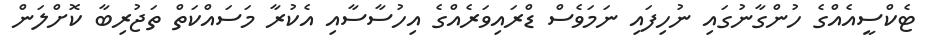
ޓެކްސީއެއްގެ ހުންގާނުގައި ނުހިފައި ނަމަވެސް ޑްރައިވަރެއްގެ އިހުސާސާއި އެކުރާ މަސައްކަތް ތަޖުރިބާ ކޮށްލަން